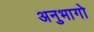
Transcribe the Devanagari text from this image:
अनुभागो